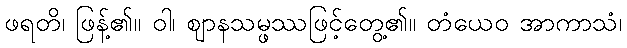
ဖရတိ၊ ဖြန့်၏။ ဝါ၊ ဈာနသမ္ဖဿဖြင့်တွေ့၏။ တံယေဝ အာကာသံ၊